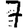
Digit: 7